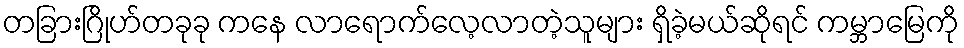
တခြားဂြိုဟ်တခုခု ကနေ လာရောက်လေ့လာတဲ့သူများ ရှိခဲ့မယ်ဆိုရင် ကမ္ဘာမြေကို